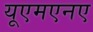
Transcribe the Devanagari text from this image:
यूएमएनए